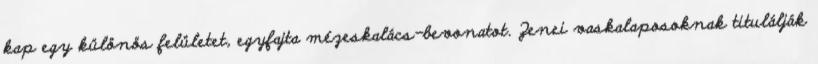
kap egy különös felületet, egyfajta mézeskalács-bevonatot. Zenei vaskalaposoknak titulálják